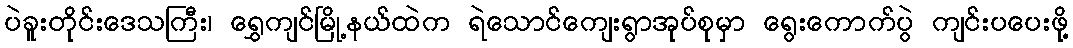
ပဲခူးတိုင်းဒေသကြီး၊ ရွှေကျင်မြို့နယ်ထဲက ရဲသောင်ကျေးရွာအုပ်စုမှာ ရွေးကောက်ပွဲ ကျင်းပပေးဖို့